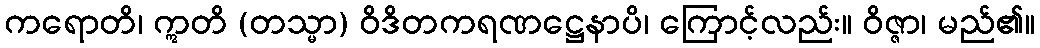
ကရောတိ၊ ဣတိ (တသ္မာ) ဝိဒိတကရဏဋ္ဌေနာပိ၊ ကြောင့်လည်း။ ဝိဇ္ဇာ၊ မည်၏။